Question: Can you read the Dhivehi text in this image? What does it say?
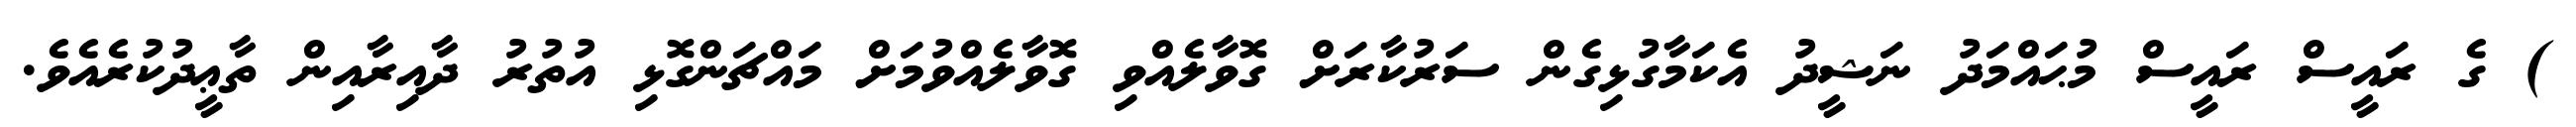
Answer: ) ގެ ރައީސް ރައީސް މުޙައްމަދު ނަޝީދު އެކަމާގުޅިގެން ސަރުކާރަށް ގޮވާލެއްވި ގޮވާލެއްވުމަށް މައްޗަންގޮޅި އުތުރު ދާއިރާއިން ތާޢީދުކުރެއެވެ.